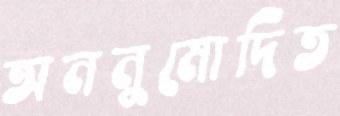
অননুমোদিত